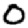
Digit: 0